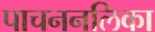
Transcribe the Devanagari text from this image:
पाचननलिका